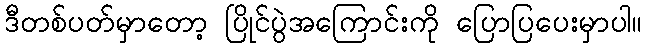
ဒီတစ်ပတ်မှာတော့ ပြိုင်ပွဲအကြောင်းကို ပြောပြပေးမှာပါ။